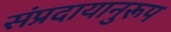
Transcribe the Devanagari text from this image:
संप्रदायानुरूप